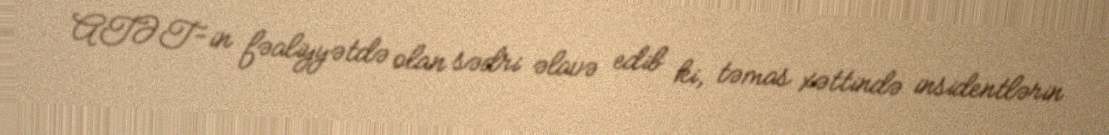
ATƏT-in fəaliyyətdə olan sədri əlavə edib ki, təmas xəttində insidentlərin